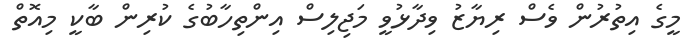
މީގެ އިތުރުން ވެސް ރިޔާޒު ވިދާޅުވީ މަޖިލިސް އިންތިހާބުގެ ކުރިން ބާކީ މިއޮތް